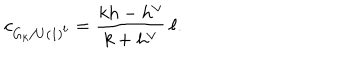
LaTeX: c _ { G _ { k } / U ( 1 ) ^ { \ell } } = \frac { k h - h ^ { \vee } } { k + h ^ { \vee } } \, \ell .